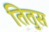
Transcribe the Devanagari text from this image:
तितुस